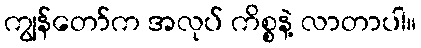
ကျွန်တော်က အလုပ် ကိစ္စနဲ့ လာတာပါ။